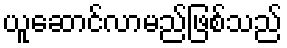
ယူဆောင်လာမည်ဖြစ်သည်